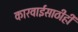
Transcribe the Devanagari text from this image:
कारवाईसाठीही